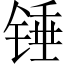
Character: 锤